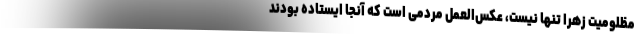
مظلومیت زهرا تنها نیست، عکس‌العمل مردمی است که آنجا ایستاده بودند